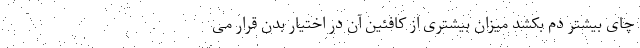
چای بیشتر دم بکشد میزان بیشتری از کافئین آن در اختیار بدن قرار می